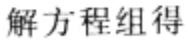
解方程组得